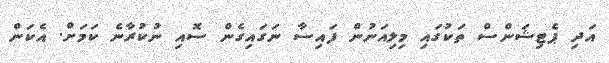
އަދި ޕެޓިޝަންްސް ތަކުގައި މިލިއަނުން ފައިސާ ނަގައިގެން ސޮއި ނުކުރާނެ ކަމަށް. އެކަން